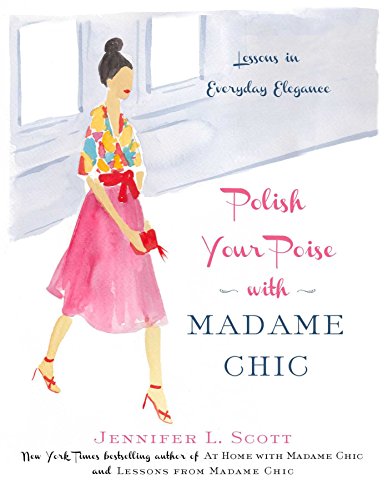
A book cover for Polish Your Poise with Madame Chic: Lessons in Everyday Elegance; Jennifer L. Scott; Self-Help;